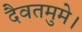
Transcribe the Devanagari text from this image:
दैवतमुमे।